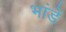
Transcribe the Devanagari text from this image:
भांडें